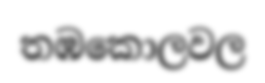
තඹකොලවල